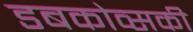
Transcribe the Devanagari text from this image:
डबकोव्सकी